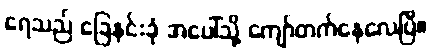
ရေသည် ခြေနင်းခုံ အပေါ်သို့ ကျော်တက်နေလေပြီ။